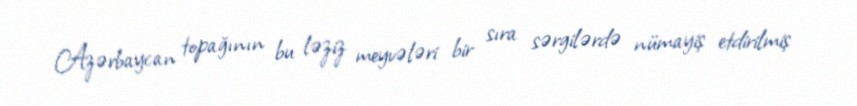
Azərbaycan topağının bu ləziz meyvələri bir sıra sərgilərdə nümayiş etdirilmiş